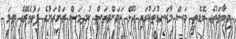
މިބާވަތުގެ ބޮޑެތި މަސް މާކަނޑުތަކުގައި އުޅޭ ކަމަށްވިޔަސް ކުދިމަސް ރަށްރަށުގެ ފަޅުތެރޭގެ ތިލަ